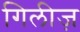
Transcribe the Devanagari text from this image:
गिलीज़